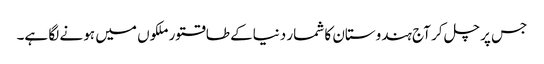
جس پر چل کر آج ہندوستان کا شمار دنیاکے طاقتورملکوں میں ہو نے لگا ہے۔